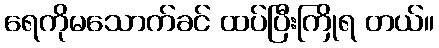
ရေကိုမသောက်ခင် ထပ်ပြီးကြိုရ တယ်။